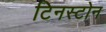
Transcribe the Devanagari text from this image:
टिनस्टोन